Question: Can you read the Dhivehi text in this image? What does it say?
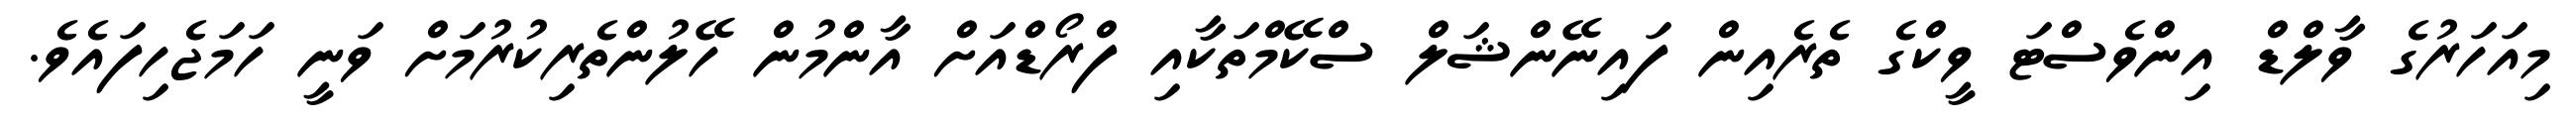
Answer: މިއަހަރުގެ ވާލްޑް އިންވެސްޓަ ވީކްގެ ތެރެއިން ފައިނޭންޝަލް ސްކޭމްތަކާއި ފްރޯޑްއަށް އާންމުން ހޭލުންތެރިކުރުމަށް ވަނީ ހަމަޖެހިފައެވެ.